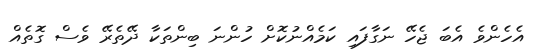
އެހެންވެ އެބަ ޖެހޭ ނަގާފައި ކަމެއްނުކޮށް ހުންނަ ބިންތަކާ ދޭތެރޭ ވެސް ގޮތެއް